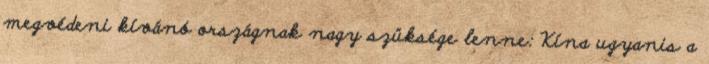
megvédeni kívánó országnak nagy szüksége lenne: Kína ugyanis a